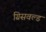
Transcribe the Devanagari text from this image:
ग्रिसवल्ड